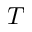
T